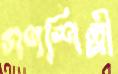
গণশিল্পী